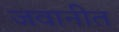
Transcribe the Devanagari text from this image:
जवानीत